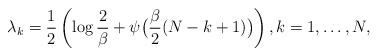
LaTeX: \begin{align*} \lambda_{k} = \frac{1}{2} \left( \log \frac{2}{\beta} + \psi\big(\frac{\beta}{2}(N-k+1)\big)\right), k=1, \dotsc, N,\end{align*}